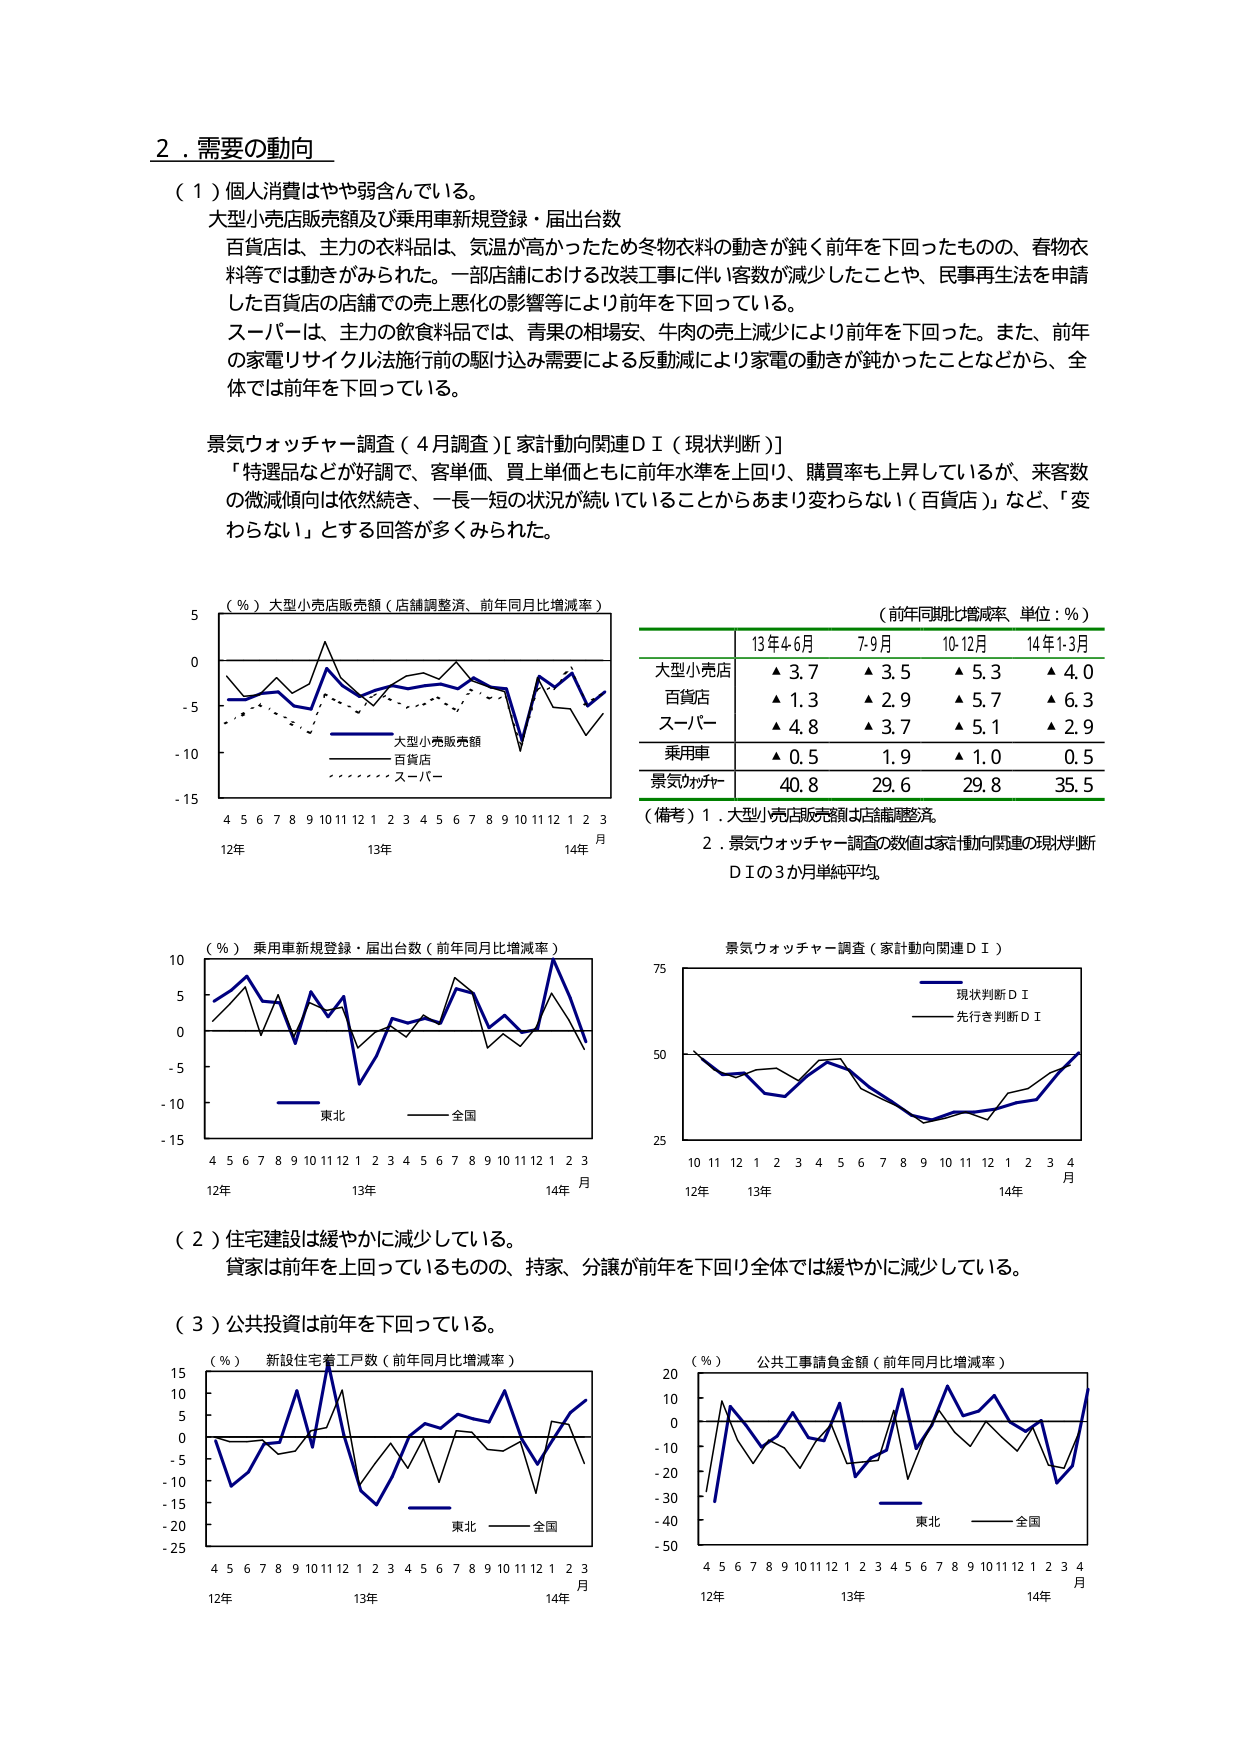
2．需要の動向

（1）個人消費はやや弱含んでいる。

大型小売店販売額及び乗用車新規登録・届出台数

百貨店は、主力の衣料品は、気温が高かったため冬物衣料の動きが鈍く前年を下回ったものの、春物衣料等では動きがみられた。一部店舗における改装工事に伴い客数が減少したことや、民需再生活を申請した百貨店の店舗での売上悪化の影響等により前年を下回っている。

スーパーは、主力の飲食料品では、青果の相場安、牛肉の売上減少により前年を下回った。また、前年の家電リサイクル法施行前の駆け込み需要による反動減により家電の動きが鈍ったことなどから、全体では前年を下回っている。

景気ウォッチャー調査（4月調査）[家計動向関連ＤＩ（現状判断）]

「特選品などが好調で、客単価、買上単価ともに前年水準を上回り、購買率も上昇しているが、来客数の微減傾向は依然続き、一長一短の状況が続いていることからあまり変わらない（百貨店）」など、「変わらない」とする回答が多くみられた。

（％）大型小売店販売額（店舗調整済、前年同月比増減率）

（前年同月比増減率、単位：％）

13年4-6月　7-9月　10-12月　14年1-3月

大型小売店　▲3.7　▲3.5　▲5.3　▲4.0

百貨店　▲1.3　▲2.9　▲5.7　▲6.3

スーパー　▲4.8　▲3.7　▲5.1　▲2.9

乗用車　▲0.5　1.9　▲1.0　0.5

景気ウォッチャー　40.8　29.6　29.8　35.5

（備考）1．大型小売店販売額は店舗調整済。

2．景気ウォッチャー調査の数値は家計動向関連の現状判断ＤＩの3か月単純平均。

（％）乗用車新規登録・届出台数（前年同月比増減率）

景気ウォッチャー調査（家計動向関連ＤＩ）

現状判断ＤＩ

先行き判断ＤＩ

（2）住宅建設は緩やかに減少している。

貸家は前年を上回っているものの、持家、分譲が前年を下回り全体では緩やかに減少している。

（3）公共投資は前年を下回っている。

（％）新設住宅着工戸数（前年同月比増減率）

（％）公共工事請負金額（前年同月比増減率）